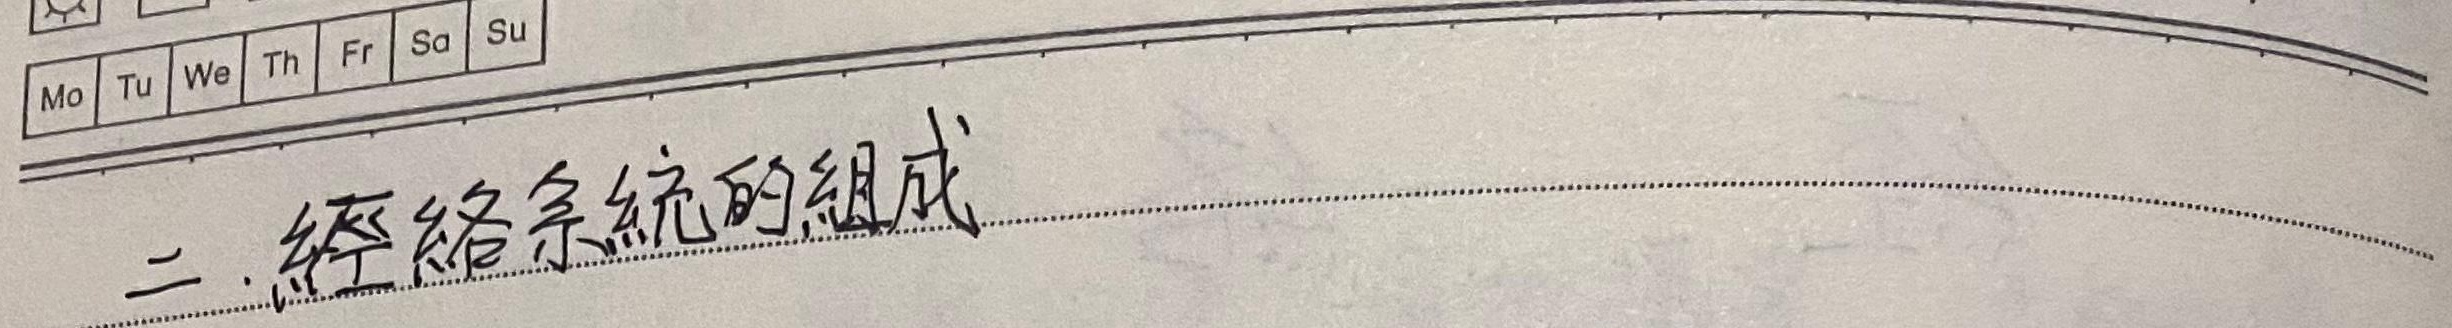
二. 經絡系統的組成
\[
\begin{tabular}{|l|l|l|l|l|l|l|}
\hline
\text{Mo} &  \text{Tu} & \text{We} & \text{Th} & \text{Fr} & \text{Sa} & \text{Su} \\
\hline
\end{tabular}
\]